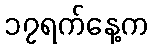
၁၇ရက်နေ့က